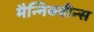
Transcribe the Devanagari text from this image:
मैन्निक्वीन्स